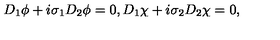
D _ { 1 } \phi + i \sigma _ { 1 } D _ { 2 } \phi = 0 , D _ { 1 } \chi + i \sigma _ { 2 } D _ { 2 } \chi = 0 ,